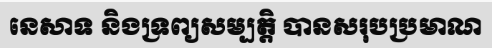
នេសាទ និងទ្រព្យសម្បត្តិ បានសរុបប្រមាណ